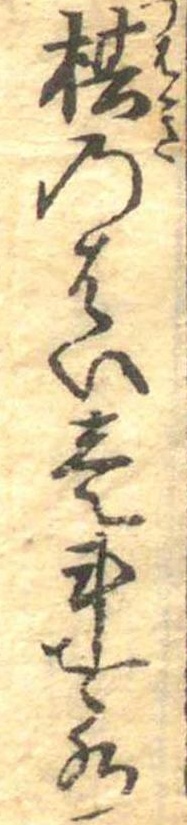
椿のはい壱斗を水